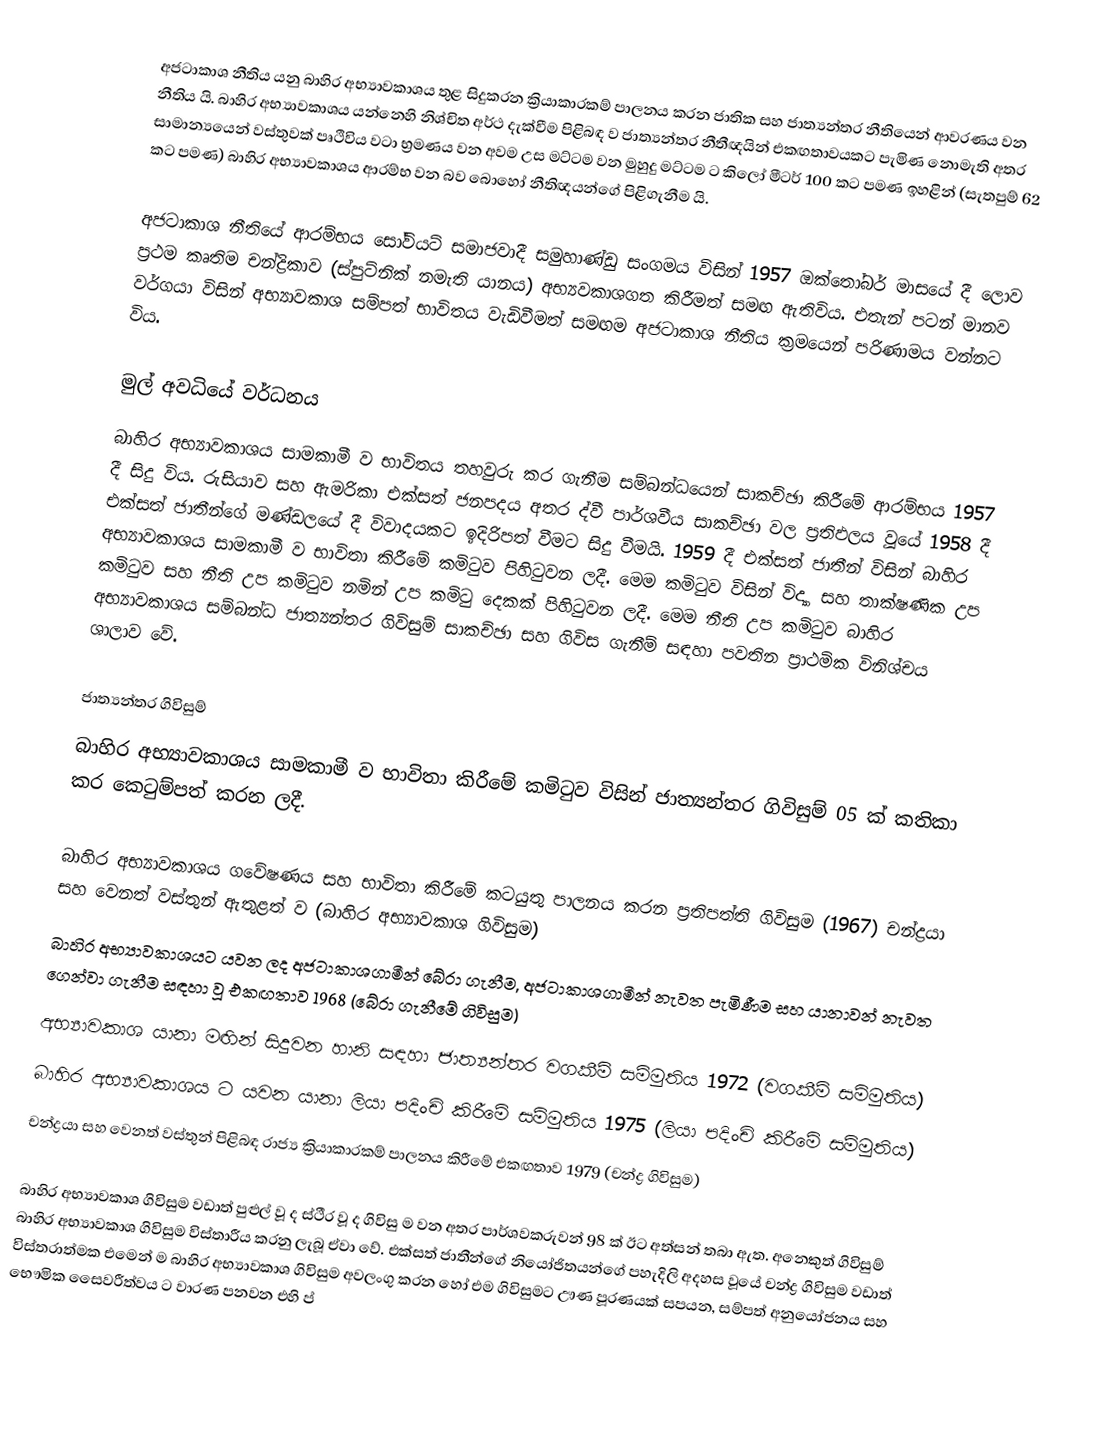
අජටාකාශ නීතිය යනු බාහිර අභ්‍යාවකාශය තුළ සිදුකරන ක්‍රියාකාරකම් පාලනය කරන ජාතික සහ ජාත්‍යන්තර නීතියෙන් ආවරණය වන නීතිය යි. බාහිර අභ්‍යාවකාශය යන්නෙහි නිශ්චිත අර්ථ දැක්වීම පිළිබඳ ව ජාත්‍යන්තර නීතීඥයින් එකඟතාවයකට පැමිණ නොමැති අතර සාමාන්‍යයෙන් වස්තුවක් පෘථිවිය වටා භ්‍රමණය වන අවම උස මට්ටම වන මුහුදු මට්ටම ට කිලෝ මීටර් 100 කට පමණ ඉහළින් (සැතපුම් 62 කට පමණ) බාහිර අභ්‍යාවකාශය ආරම්භ වන බව බොහෝ නීතිඥයන්ගේ පිළිගැනීම යි.

අජටාකාශ නීතියේ ආරම්භය සෝවියට් සමාජවාදී සමුහාණ්ඩු සංගමය විසින් 1957 ඔක්තෝබර් මාසයේ දී ලොව ප්‍රථම කෘතිම චන්ද්‍රිකාව (ස්පුට්නික් නමැති යානය) අභ්‍යවකාශගත කිරීමත් සමඟ ඇතිවිය. එතැන් පටන් මානව වර්ගයා විසින් අභ්‍යාවකාශ සම්පත් භාවිතය වැඩිවීමත් සමඟම අජටාකාශ නීතිය ක්‍රමයෙන් පරිණාමය වන්නට විය.

මුල් අවධියේ වර්ධනය
බාහිර අභ්‍යාවකාශය සාමකාමී ව භාවිතය තහවුරු කර ගැනීම සම්බන්ධයෙන් සාකච්ඡා කිරීමේ ආරම්භය 1957 දී සිදු විය. රුසියාව සහ ඇමරිකා එක්සත් ජනපදය අතර ද්වී පාර්ශවීය සාකච්ඡා වල ප්‍රතිඵලය වූයේ 1958 දී එක්සත් ජාතීන්ගේ මණ්ඩලයේ දී විවාදයකට ඉදිරිපත් වීමට සිදු වීමයි. 1959 දී එක්සත් ජාතීන් විසින් බාහිර අභ්‍යාවකාශය සාමකාමී ව භාවිතා කිරීමේ කමිටුව පිහිටුවන ලදී. මෙම කමිටුව විසින් විද්‍යා සහ තාක්ෂණික උප කමිටුව සහ නීති උප කමිටුව නමින් උප කමිටු දෙකක් පිහිටුවන ලදී. මෙම නීති උප කමිටුව බාහිර අභ්‍යාවකාශය සම්බන්ධ ජාත්‍යන්තර ගිවිසුම් සාකච්ඡා සහ ගිවිස ගැනීම් සඳහා පවතින ප්‍රාථමික විනිශ්චය ශාලාව වේ.

ජාත්‍යන්තර ගිවිසුම්
බාහිර අභ්‍යාවකාශය සාමකාමී ව භාවිතා කිරීමේ කමිටුව විසින් ජාත්‍යන්තර ගිවිසුම් 05 ක් කතිකා කර කෙටුම්පත් කරන ලදී.

 බාහිර අභ්‍යාවකාශය ගවේෂණය සහ භාවිතා කිරීමේ කටයුතු පාලනය කරන ප්‍රතිපත්ති ගිවිසුම (1967) චන්ද්‍රයා සහ වෙනත් වස්තුන් ඇතුළත් ව (බාහිර අභ්‍යාවකාශ ගිවිසුම)
 බාහිර අභ්‍යාවකාශයට යවන ලද අජටාකාශගාමීන් බේරා ගැනීම, අජටාකාශගාමීන් නැවත පැමිණීම සහ යානාවන් නැවත ගෙන්වා ගැනීම සඳහා වූ එකඟතාව 1968 (බේරා ගැනීමේ ගිවිසුම)
 අභ්‍යාවකාශ යානා මඟින් සිදුවන හානි සඳහා ජාත්‍යන්තර වගකීම් සම්මුතිය 1972 (වගකීම් සම්මුතිය)
 බාහිර අභ්‍යාවකාශය ට යවන යානා ලියා පදිංචි කිරීමේ සම්මුතිය 1975 (ලියා පදිංචි කිරීමේ සම්මුතිය)
 චන්ද්‍රයා සහ වෙනත් වස්තුන් පිළිබඳ රාජ්‍ය ක්‍රියාකාරකම් පාලනය කිරීමේ එකඟතාව 1979 (චන්ද්‍ර ගිවිසුම)

බාහිර අභ්‍යාවකාශ ගිවිසුම වඩාත් පුළුල් වූ ද ස්ථීර වූ ද ගිවිසු ම වන අතර පාර්ශවකරුවන් 98 ක් ඊට අත්සන් තබා ඇත. අනෙකුත් ගිවිසුම් බාහිර අභ්‍යාවකාශ ගිවිසුම විස්තාරීය කරනු ලැබූ ඒවා වේ. එක්සත් ජාතීන්ගේ නියෝජිතයන්ගේ පහැදිලි අදහස වූයේ චන්ද්‍ර ගිවිසුම වඩාත් විස්තරාත්මක එමෙන් ම බාහිර අභ්‍යාවකාශ ගිවිසුම අවලංගු කරන හෝ එම ගිවිසුමට ඌණ පූරණයක් සපයන,  සම්පත් අනුයෝජනය සහ භෞමික සෛවරීත්වය ට වාරණ පනවන එහි ප්